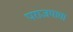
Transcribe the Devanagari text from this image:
पराजयाचा